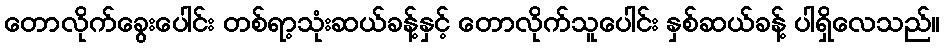
တောလိုက်ခွေးပေါင်း တစ်ရာ့သုံးဆယ်ခန့်နှင့် တောလိုက်သူပေါင်း နှစ်ဆယ်ခန့် ပါရှိလေသည်။